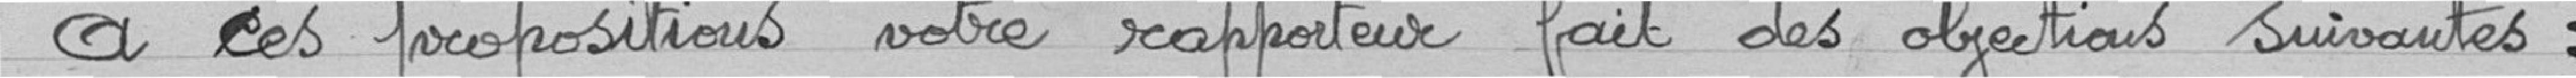
A ces propositions votre rapporteur fait des objections suivantes :